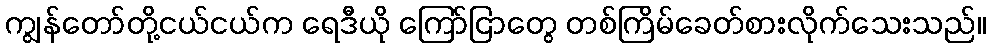
ကျွန်တော်တို့ငယ်ငယ်က ရေဒီယို ကြော်ငြာတွေ တစ်ကြိမ်ခေတ်စားလိုက်သေးသည်။